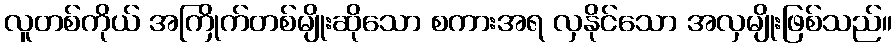
လူတစ်ကိုယ် အကြိုက်တစ်မျိုးဆိုသော စကားအရ လှနိုင်သော အလှမျိုးဖြစ်သည်။